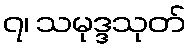
၇၊ သမုဒ္ဒသုတ်